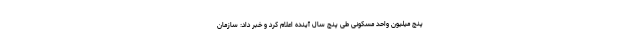
پنج میلیون واحد مسکونی طی پنج سال آینده اعلام کرد و خبر داد: سازمان